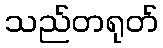
သည်တရုတ်